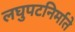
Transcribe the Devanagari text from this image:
लघुपटनिर्माते